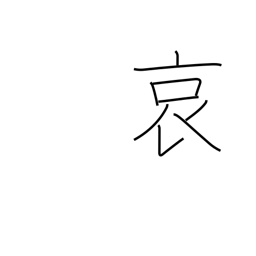
Meaning: pity